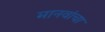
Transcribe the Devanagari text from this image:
मानवांचा